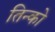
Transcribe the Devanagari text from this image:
तिन्को